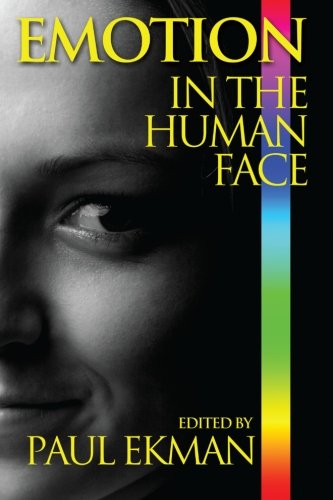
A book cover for Emotion in the Human Face; Paul Ekman; Medical Books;